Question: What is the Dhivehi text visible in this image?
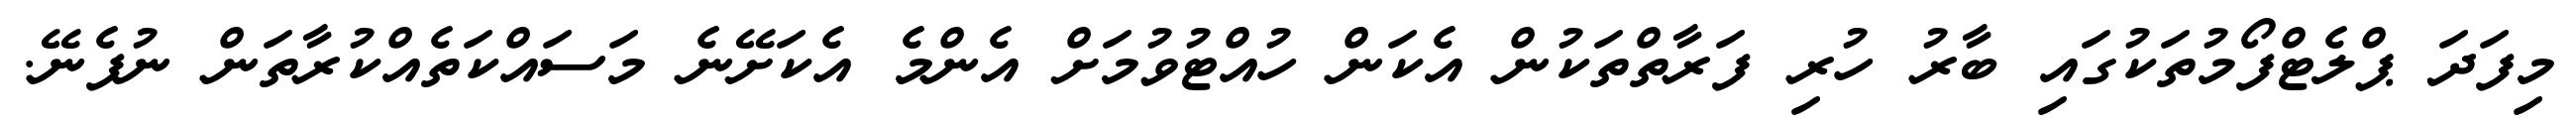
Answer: މިފަދަ ޕްލެޓްފޯމުތަކުގައި ބާރު ހުރި ފަރާތްތަކުން އެކަން ހުއްޓުވުމަށް އެންމެ އެކަށޭނެ މަސައްކަތެއްކުރާތަން ނުފެނޭ.